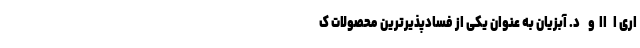
اری ا   اا  و    د. آبزیان به عنوان یکی از فسادپذیرترین محصولات ک